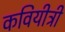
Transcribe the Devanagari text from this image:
कवियीत्री